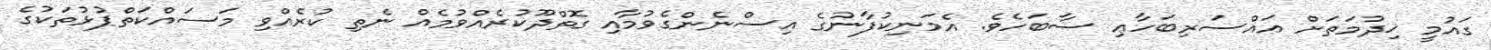
ގައުމީ ޚިދުމަތަށް އައްސަރިބަހާޢި ސާބަހެވެ. އެމަނިކުފާނުގެ އިސްނެންގެވުމާއި ގޮތްދޫކުރެއްވުމެއް ނެތި ކުރެއްވި މަސައްކަތްޕުޅުތަކުގެ